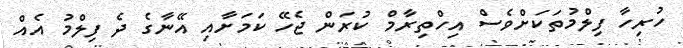
ހުރިހާ ފިލްމުތަކަށްވެސް އިހްތިރާމް ކުރަން ޖެހޭ ކަމަށާއި އޭނާގެ ދެ ފިލްމު އެއް